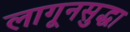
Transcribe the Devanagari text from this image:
लागूनसुद्धा